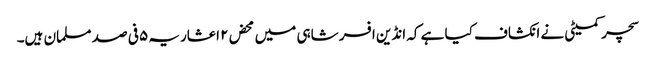
سچر کمیٹی نے انکشاف کیا ہے کہ انڈین افسر شاہی میں محض۲ اعشاریہ ۵ فی صد مسلمان ہیں۔